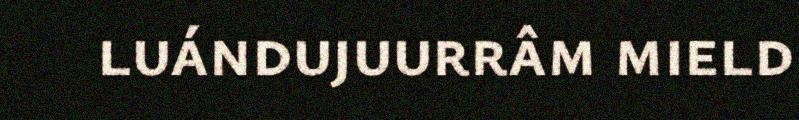
luándujuurrâm mield